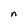
Character: n